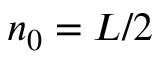
n _ { 0 } = L / 2